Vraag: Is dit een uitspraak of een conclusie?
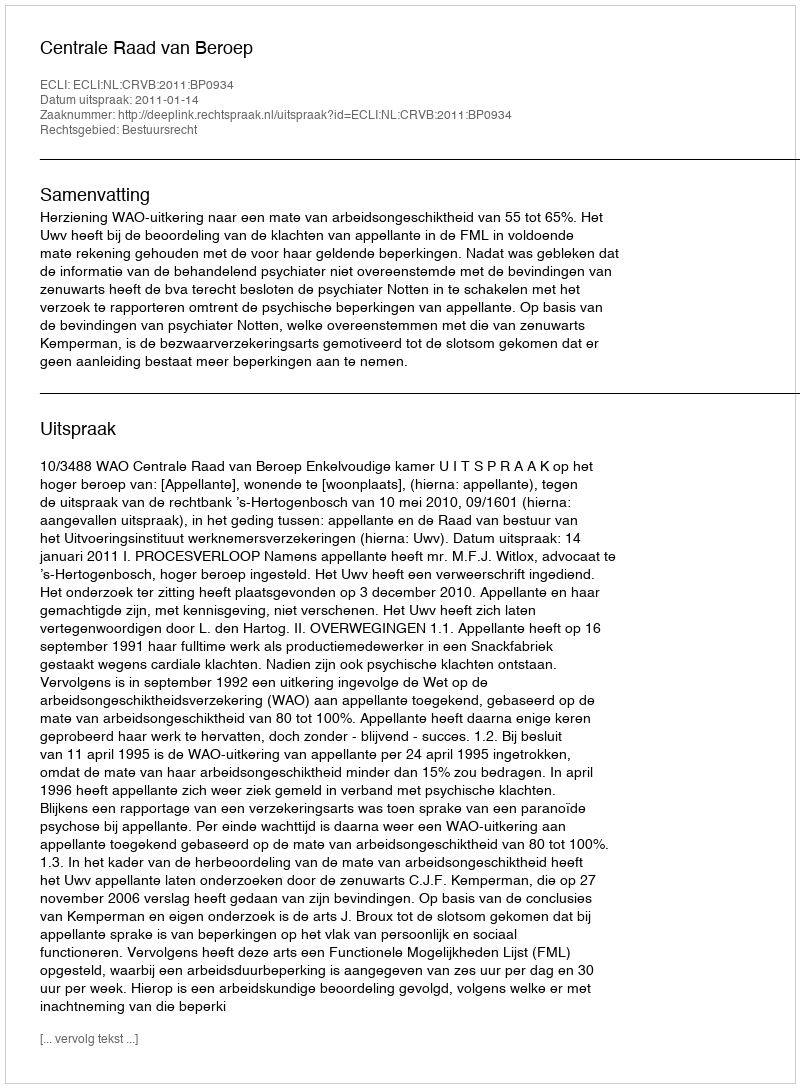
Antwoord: Uitspraak